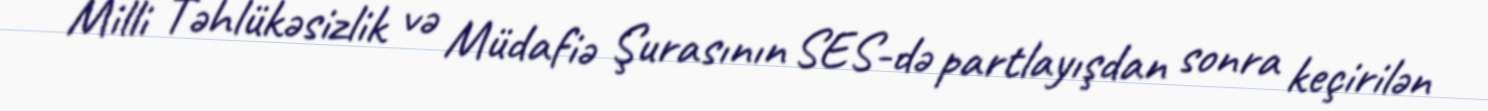
Milli Təhlükəsizlik və Müdafiə Şurasının SES-də partlayışdan sonra keçirilən